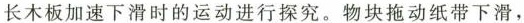
长木板加速下滑时的运动进行探究。物块拖动纸带下滑，